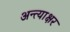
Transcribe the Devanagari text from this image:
अन्त्याक्षर